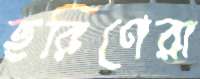
হরিণেরা